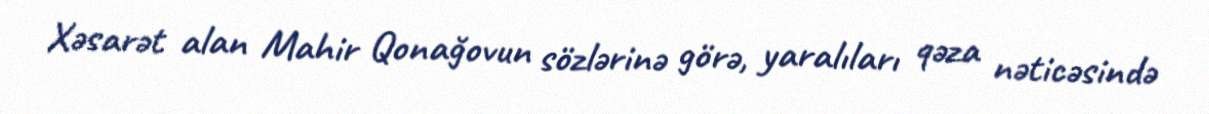
Xəsarət alan Mahir Qonağovun sözlərinə görə, yaralıları qəza nəticəsində